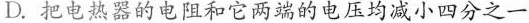
D.把电热器的电阻和它两端的电压均减小四分之一